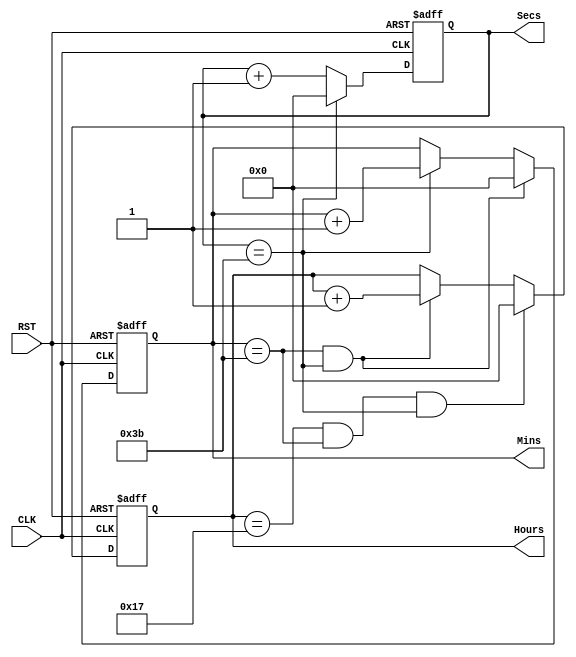
 module calendar(
    input CLK,
    input RST,
    output reg [5:0] Hours,
    output reg [5:0] Mins,
    output reg [5:0] Secs
    );
    always @(posedge CLK or posedge RST)
    begin
        if(RST)
            Secs <= 0;
        else if(Secs == 59)
            Secs <= 0;
        else
            Secs <= Secs + 1;
    end
    always @(posedge CLK or posedge RST)
    begin
        if(RST)
            Mins <= 0;
        else if(Mins == 59 && Secs == 59)
            Mins <= 0;
        else if(Secs == 59)
            Mins <= Mins + 1;
    end
    always @(posedge CLK or posedge RST)
    begin
        if(RST)
            Hours <= 0;
        else if(Hours == 23 && Mins == 59 && Secs == 59)
            Hours <= 0;
        else if(Mins == 59 && Secs == 59)
            Hours <= Hours + 1;
    end
endmodule